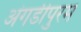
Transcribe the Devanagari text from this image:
अंगडीपुरम